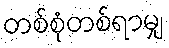
တစ်စုံတစ်ရာမျှ